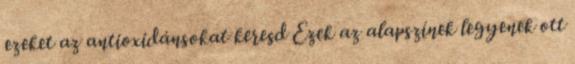
ezeket az antioxidánsokat keresd Ezek az alapszínek legyenek ott